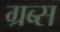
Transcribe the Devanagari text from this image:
ग्रब्स